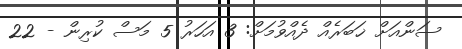
ސަންއަށް ޚަބަރެއް ދެއްވުމަށް: 3 އަހަރު 5 މަސް ކުރިން - 22